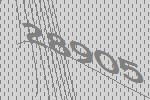
28905